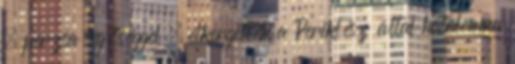
– perzsa segítséggel – elkergették a Periklész által hatalomra